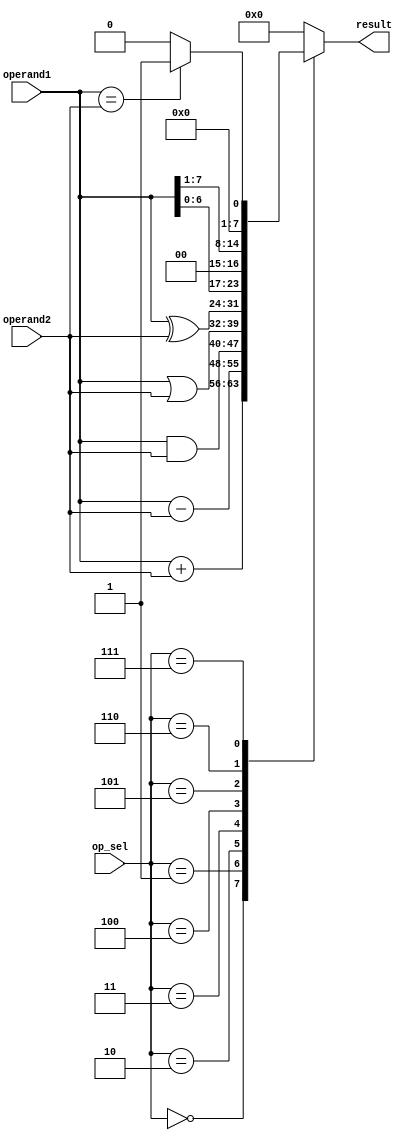
module ALU (
    input wire [3:0] op_sel,
    input wire [7:0] operand1,
    input wire [7:0] operand2,
    output reg [7:0] result
);

always @(*) begin
    case(op_sel)
        4'b0000: result = operand1 + operand2; // addition
        4'b0001: result = operand1 - operand2; // subtraction
        4'b0010: result = operand1 & operand2; // AND
        4'b0011: result = operand1 | operand2; // OR
        4'b0100: result = operand1 ^ operand2; // XOR
        4'b0101: result = operand1 << 1; // left shift
        4'b0110: result = operand1 >> 1; // right shift
        4'b0111: result = (operand1 == operand2) ? 8'b1 : 8'b0; // comparison
        default: result = 8'b0;
    endcase
end

endmodule